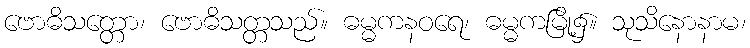
ဗောဓိသတ္တော၊ ဗောဓိသတ္တသည်။ ဓမ္မကနဝရေ၊ ဓမ္မကမြို့၌။ သုသိနောနာမ၊